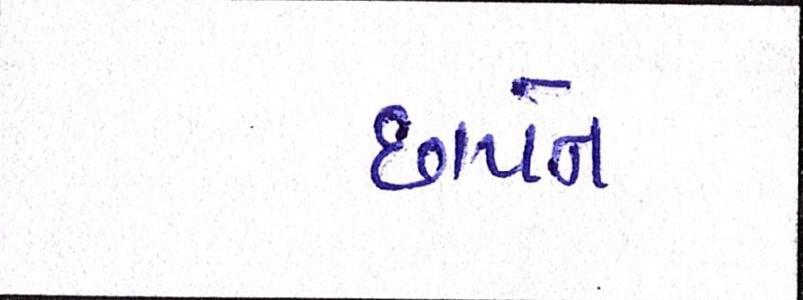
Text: છાપને